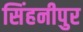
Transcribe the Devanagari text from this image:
सिंहनीपुर